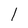
Character: l